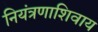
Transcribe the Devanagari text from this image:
नियंत्रणाशिवाय